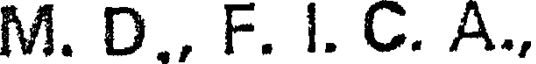
M. D., F. I. C. A.,